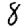
Digit: 8